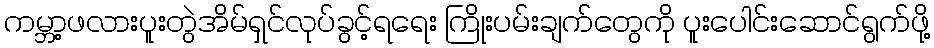
ကမ္ဘာ့ဖလားပူးတွဲအိမ်ရှင်လုပ်ခွင့်ရရေး ကြိုးပမ်းချက်တွေကို ပူးပေါင်းဆောင်ရွက်ဖို့